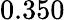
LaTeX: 0.350